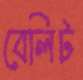
বেলিট